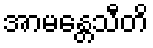
အာမန္တေသီတိ